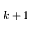
k + 1